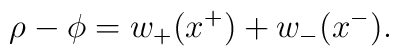
\rho-\phi = w_+(x^+) +w_-(x^-).